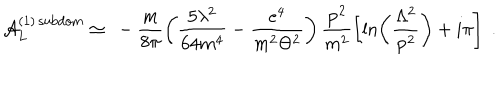
{ \cal A } _ { L } ^ { ( 1 ) \, \mathrm { s u b d o m } } \simeq \ - \frac m { 8 \pi } \left( \frac { 5 \lambda ^ { 2 } } { 6 4 m ^ { 4 } } - \frac { e ^ { 4 } } { m ^ { 2 } \Theta ^ { 2 } } \right) \frac { { \bf p } ^ { 2 } } { m ^ { 2 } } \left[ \ln \left( \frac { \Lambda ^ { 2 } } { { \bf p } ^ { 2 } } \right) + i \pi \right] \; .